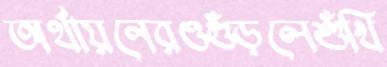
অর্থায়নেরওগুঁড়লেশুঁখি